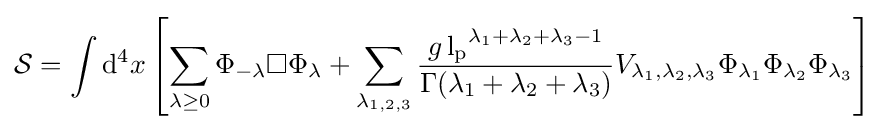
{\mathcal {S}}=\int \mathrm {d} ^{4}x\left[\sum _{\lambda \geq 0}\Phi _{-\lambda }\square \Phi _{\lambda }+\sum _{\lambda _{1,2,3}}{\frac {g\,{\mathrm {l_{p}} }^{\lambda _{1}+\lambda _{2}+\lambda _{3}-1}}{\Gamma (\lambda _{1}+\lambda _{2}+\lambda _{3})}}V_{\lambda _{1},\lambda _{2},\lambda _{3}}\Phi _{\lambda _{1}}\Phi _{\lambda _{2}}\Phi _{\lambda _{3}}\right]